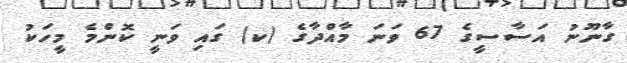
ގާނޫނު އަސާސީގެ 67 ވަނަ މާއްދާގެ (ކ) ގައި ވަނީ ކޮންމެ މީހަކު